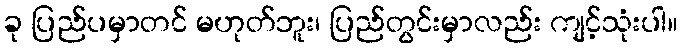
ခု ပြည်ပမှာတင် မဟုတ်ဘူး၊ ပြည်တွင်းမှာလည်း ကျင့်သုံးပါ။